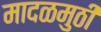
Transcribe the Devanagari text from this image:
मादळमुठी